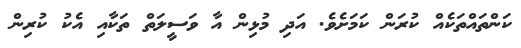
ކަންތައްތަކެއް ކުރަން ކަމަށެވެ. އަދި މުޅިން އާ ވަސީލަތް ތަކާއި އެކު ކުރިން